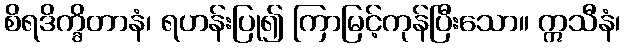
စိရဒိက္ခိတာနံ၊ ရဟန်းပြု၍ ကြာမြင့်ကုန်ပြီးသော။ ဣသီနံ၊